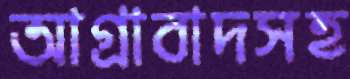
আগ্রাবাদসহ